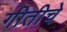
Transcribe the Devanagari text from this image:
गीतीचे